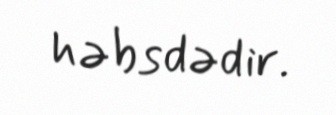
həbsdədir.